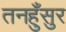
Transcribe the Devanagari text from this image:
तनहुँसुर